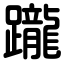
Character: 躘